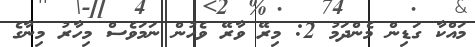
މައްކާ ގަޑިން މެންދަމު 2: މިރޭ ވާރޭ ވެހުން ނަމަވެސް މިހާރު މިނާގެ